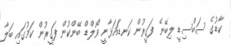
ކާޑުގެ ސަބްސިޑީ ލިބޭނެ ފަގީރުން ކަނޑައަޅާނީ ވޯލްޑް ބޭންކުން ފަގީރުން ކަމުގައި ބަލާ